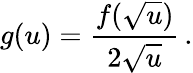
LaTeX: g(u)=\frac{f(\sqrt{u})}{2\sqrt{u}}\, .